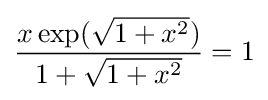
{\frac {x\exp({\sqrt {1+x^{2}}})}{1+{\sqrt {1+x^{2}}}}}=1